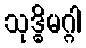
သုဒ္ဓိမဂ္ဂါ